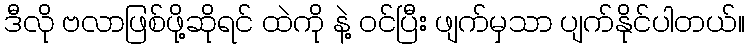
ဒီလို ဗလာဖြစ်ဖို့ဆိုရင် ထဲကို နဲ့ ဝင်ပြီး ဖျက်မှသာ ပျက်နိုင်ပါတယ်။